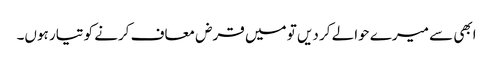
ابھی سے میرے حوالے کر دیں تو میں قرض معاف کرنے کو تیار ہوں۔